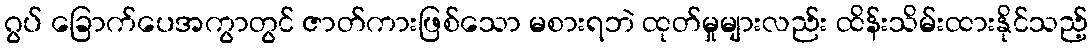
ဂွပ် ခြောက်ပေအကွာတွင် ဇာတ်ကားဖြစ်သော မစားရဘဲ ထုတ်မှုများလည်း ထိန်းသိမ်းထားနိုင်သည့်